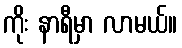
ကိုး နာရီမှာ လာမယ်။